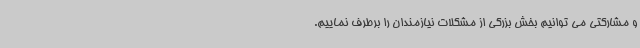
و مشارکتی می توانیم بخش بزرگی از مشکلات نیازمندان را برطرف نماییم.